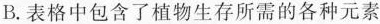
B.表格中包含了植物生存所需的各种元素